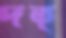
দত্